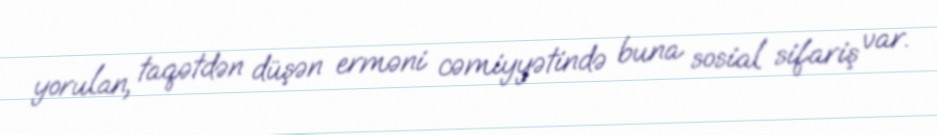
yorulan, taqətdən düşən erməni cəmiyyətində buna sosial sifariş var.